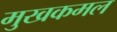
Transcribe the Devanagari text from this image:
मुखकमल